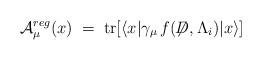
LaTeX: \begin{align*}{\cal A}_\mu^{reg} (x)\;=\; {\rm tr}[ \langle x | \gamma_\mu \, f({\not\!\!D},{\Lambda_i}) |x \rangle ]\end{align*}